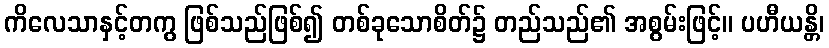
ကိလေသာနှင့်တကွ ဖြစ်သည်ဖြစ်၍ တစ်ခုသောစိတ်၌ တည်သည်၏ အစွမ်းဖြင့်။ ပဟီယန္တိ၊